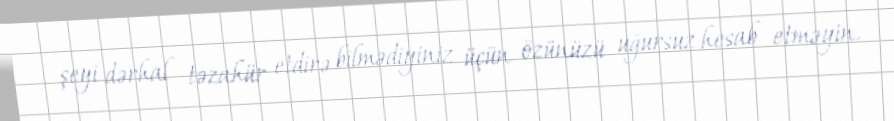
şeyi dərhal təzahür etdirə bilmədiyiniz üçün özünüzü uğursuz hesab etməyin.